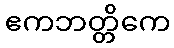
ဧကဘတ္တိကေ